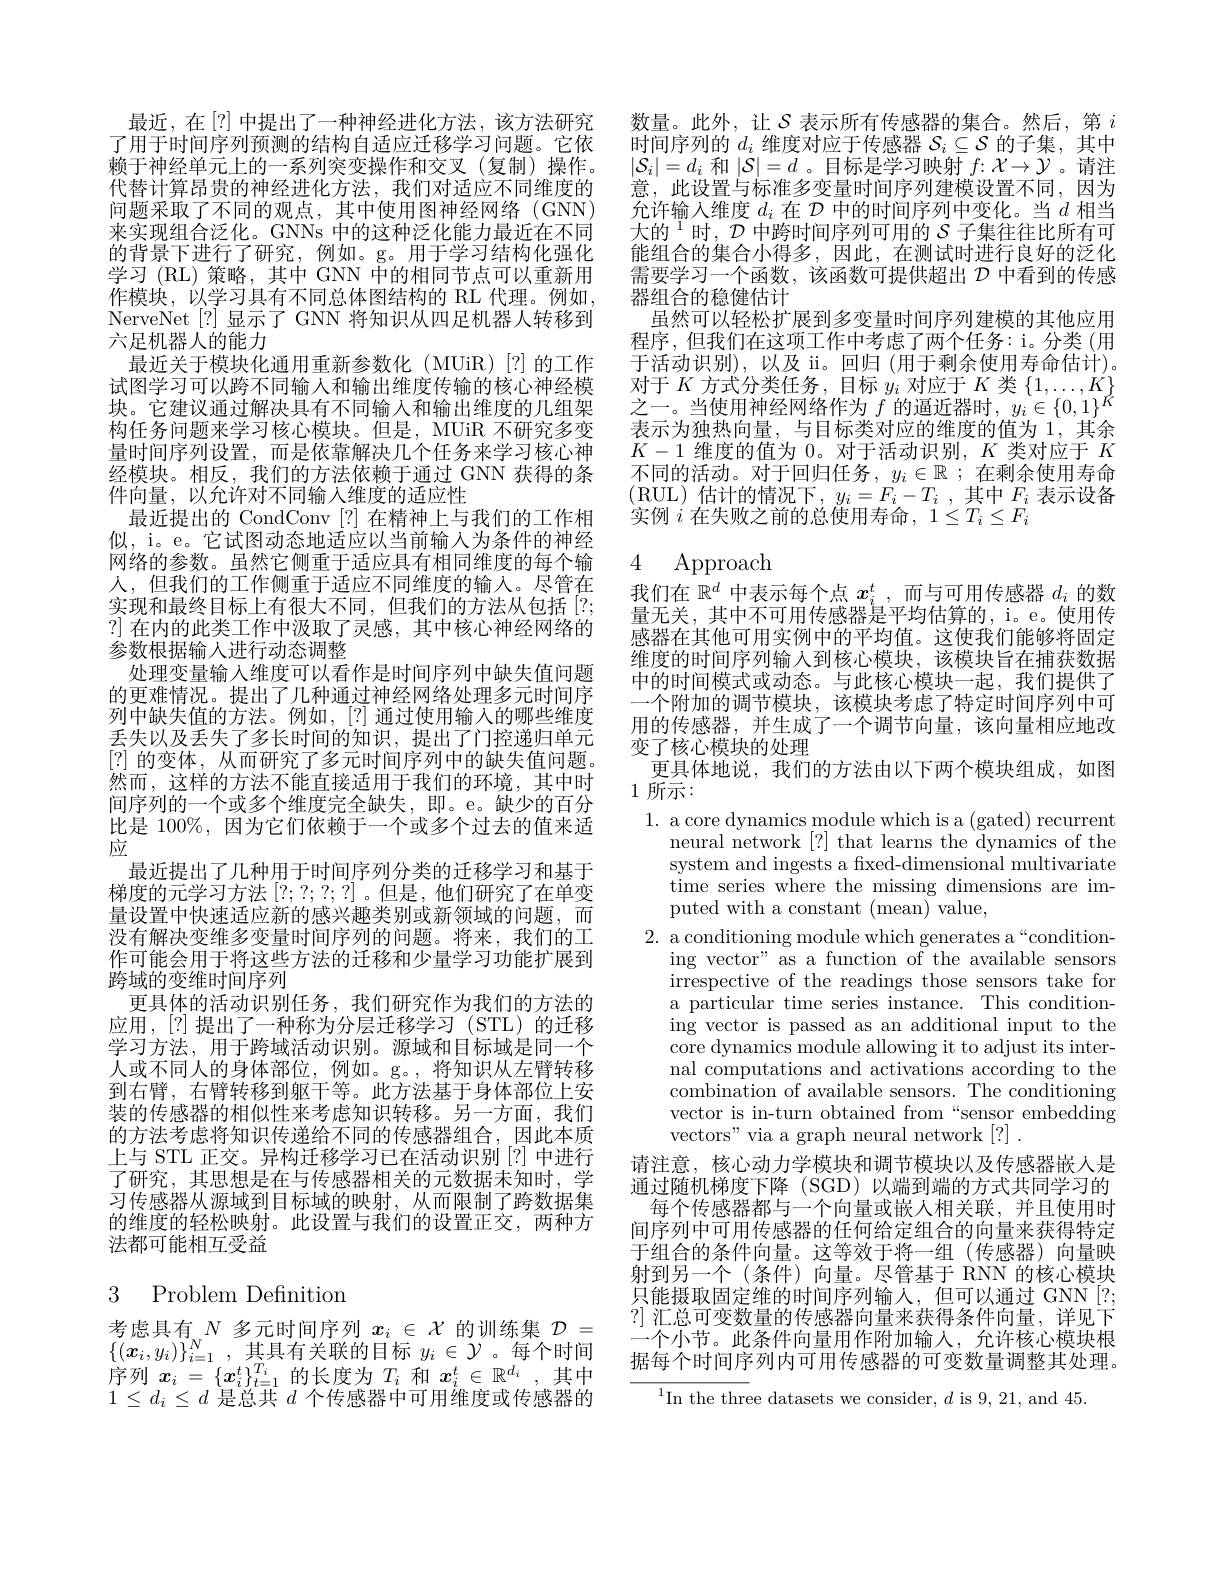
最近，在[?]中提出了一种神经进化方法，该方法研究了用于时间序列预测的结构自适应迁移学习问题。它依赖于神经单元上的一系列突变操作和交叉(复制)操作。代替计算昂贵的神经进化方法，我们对适应不同维度的问题采取了不同的观点，其中使用图神经网络(GNN) 来实现组合泛化。GNNs 中的这种泛化能力最近在不同的背景下进行了研究，例如。g。用于学习结构化强化学习 (RL) 策略，其中 GNN $\bar{\text{中的相同节点可以重新用}}$ 作模块，以学习具有不同总体图结构的 RL 代理。例如， NerveNet[?]显示了 GNN 将知识从四足机器人转移到六足机器人的能力
最近关于模块化通用重新参数化(MUiR)[?]的工作试图学习可以跨不同输入和输出维度传输的核心神经模块。它建议通过解决具有不同输入和输出维度的几组架构任务问题来学习核心模块。但是，MUiR 不研究多变量时间序列设置，而是依靠解决几个任务来学习核心神经模块。相反，我们的方法依赖于通过 GNN 获得的条件向量，以允许对不同输入维度的适应性
最近提出的 CondConv [?]在精神上与我们的工作相似，i。e。它试图动态地适应以当前输入为条件的神经网络的参数。虽然它侧重于适应具有相同维度的每个输人，但我们的工作侧重于适应不同维度的输入。尽管在实现和最终目标上有很大不同，但我们的方法从包括[?; ?]在内的此类工作中汲取了灵感，其中核心神经网络的参数根据输入进行动态调整
处理变量输入维度可以看作是时间序列中缺失值问题的更难情况。提出了几种通过神经网络处理多元时间序列中缺失值的方法。例如，[?] 通过使用输入的哪些维度丢失以及丢失了多长时间的知识，提出了门控递归单元[?]的变体，从而研究了多元时间序列中的缺失值问题。然而，这样的方法不能直接适用于我们的环境，其中时间序列的一个或多个维度完全缺失，即。e。缺少的百分比是 100%, 因为它们依赖于一个或多个过去的值来适应
最近提出了几种用于时间序列分类的迁移学习和基于梯度的元学习方法[?;?;?;?] 。但是，他们研究了在单变量设置中快速适应新的感兴趣类别或新领域的问题，而没有解决变维多变量时间序列的问题。将来，我们的工作可能会用于将这些方法的迁移和少量学习功能扩展到跨域的变维时间序列
更具体的活动识别任务，我们研究作为我们的方法的应用，[?]提出了一种称为分层迁移学习(STL)的迁移学习方法，用于跨域活动识别。源域和目标域是同一个人或不同人的身体部位，例如。g。,将知识从左臂转移到右臂，右臂转移到躯干等。此方法基于身体部位上安装的传感器的相似性来考虑知识转移。另一方面，我们的方法考虑将知识传递给不同的传感器组合，因此本质上与 STL 正交。异构迁移学习已在活动识别[?]中进行了研究，其思想是在与传感器相关的元数据未知时，学习传感器从源域到目标域的映射，从而限制了跨数据集的维度的轻松映射。此设置与我们的设置正交，两种方法都可能相互受益

## 3 Problem Definition

考虑具有$N$多元时间序列$x_i\in\mathcal{X}$的训练集$\mathcal{D}=$ $\{(\boldsymbol{x}_i,y_i)\}_{i=1}^N$,其具有关联的目标$y_i\in\mathcal{Y}$。每个时间序列$x_i=\{x_i^t\}_{t=1}^{T_i}$的长度为$T_i$和$x_i^t\in\mathbb{R}^d_i$,其中$1\leq d_i\leq d$是总共$d$个传感器中可用维度或传感器的

数量。此外，让$\mathcal{S}$ 表示所有传感器的集合。然后，第 $i$ 时间序列的$d_i$维度对应于传感器$\mathcal{S}_i\subseteq\mathcal{S}$的子集，其中$|\mathcal{S}_i|=d_i$ 和$|\mathcal{S}|=d$。目标是学习映射 $f:\mathcal{X}\to\mathcal{Y}$。请注意，此设置与标准多变量时间序列建模设置不同，因为允许输入维度$d_i$在$\mathcal{D}$中的时间序列中变化。当$d$相当大的$^{1}$时，$\mathcal{D}$中跨时间序列可用的$\mathcal{S}$ 子集往往比所有可能组合的集合小得多，因此，在测试时进行良好的泛化需要学习一个函数，该函数可提供超出$\mathcal{D}$中看到的传感器组合的稳健估计
虽然可以轻松扩展到多变量时间序列建模的其他应用程序，但我们在这项工作中考虑了两个任务：i。分类(用于活动识别),以及 ii。回归 (用于剩余使用寿命估计)。$\begin{array}{l}\text{对于 }K\text{ 方式分类任务，目标 }y_{i}\text{ 对应于 }K\text{ 类 }\{1,\ldots,K\}\\\text{之一。当使用神经网络作为 }f\text{ 的逼近器时 },y_{i}\in\{0,1\}^{K}\end{array}$ 表示为独热向量，与目标类对应的维度的值为 1,其余$K-1$维度的值为0。对于活动识别，$K$类对应于$K$ 不同的活动。对于回归任务，$y_i\in\mathbb{R}$;在剩余使用寿命(RUL)估计的情况下$,y_i=F_i-T_i$,其中$F_i$表示设备实例$i$ 在失败之前的总使用寿命$,1\leq T_i\leq F_i$

# 4 Approach

我们在$\mathbb{R}^d$中表示每个点$x_i^t$,而与可用传感器$d_i$的数量无关，其中不可用传感器是平均估算的，i。e。使用传感器在其他可用实例中的平均值。这使我们能够将固定维度的时间序列输入到核心模块，该模块旨在捕获数据中的时间模式或动态。与此核心模块一起，我们提供了一个附加的调节模块，该模块考虑了特定时间序列中可用的传感器，并生成了一个调节向量，该向量相应地改变了核心模块的处理
更具体地说，我们的方法由以下两个模块组成，如图
1 所示：

1. a core dynamics module which is a (gated) recurrent
neural network [?] that learns the dynamics of the system and ingests a fxed-dimensional multivariate time series where the missing dimensions are imputed with a constant (mean) value,
2. a conditioning module which generates a“condition-
ing vector" as a function of the available sensors irrespective of the readings those sensors take for a particular time series instance. This conditioning vector is passed as an additional input to the core dynamics module allowing it to adjust its internal computations and activations according to the combination of available sensors. The conditioning vector is in-turn obtained from“sensor embedding vectors" via a graph neural network [?]
请注意，核心动力学模块和调节模块以及传感器嵌人是通过随机梯度下降 (SGD) 以端到端的方式共同学习的
每个传感器都与一个向量或嵌人相关联，并且使用时间序列中可用传感器的任何给定组合的向量来获得特定于组合的条件向量。这等效于将一组(传感器)向量映射到另一个(条件)向量。尽管基于 RNN 的核心模块只能摄取固定维的时间序列输入，但可以通过 GNN[?; ?]汇总可变数量的传感器向量来获得条件向量，详见下一个小节。此条件向量用作附加输入，允许核心模块根据每个时间序列内可用传感器的可变数量调整其处理。
$^{1}$In the three datasets we consider, $d$ is 9, 21, and 45